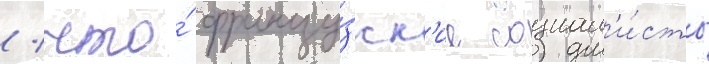
/ что́ францу́зск'ие социал'и́сты